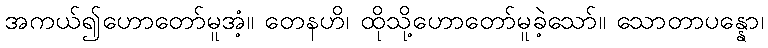
အကယ်၍ဟောတော်မူအံ့။ တေနဟိ၊ ထိုသို့ဟောတော်မူခဲ့သော်။ သောတာပန္နော၊